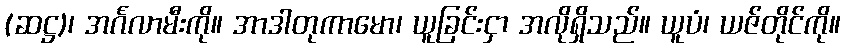
(ဆဋ္ဌ)၊ အင်္ဂလာမီးကို။ အာဒါတုကာမော၊ ယူခြင်းငှာ အလိုရှိသည်။ ယူပံ၊ ယဇ်တိုင်ကို။